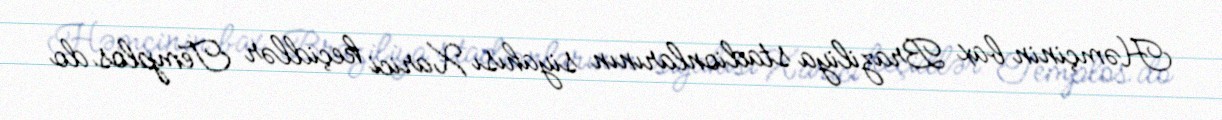
Həmçinin bax Braziliya stadionlarının siyahısı Xarici keçidlər Templos do